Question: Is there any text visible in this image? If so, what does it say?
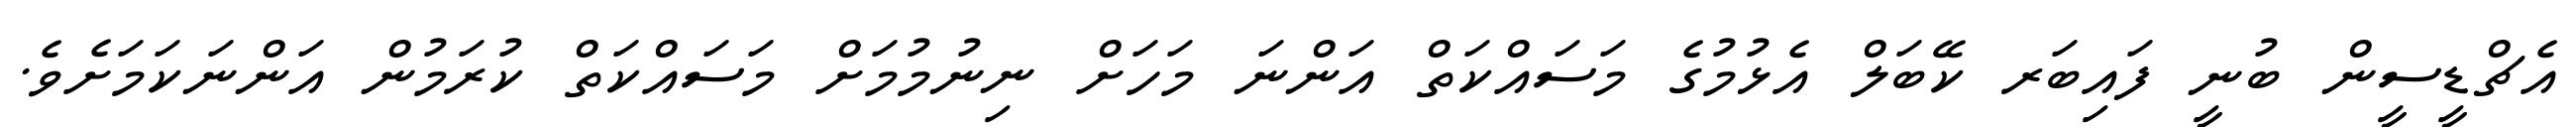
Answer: އެޗްޑީސީން ބުނީ ފައިބަރ ކޭބަލް އެޅުމުގެ މަސައްކަތް އަންނަ މަހަށް ނިނުމުމަށް މަސައްކަތް ކުރަމުން އަންނަކަމަށެވެ.